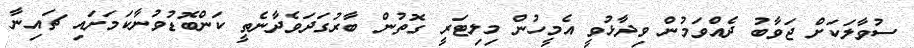
ސުވާލަކަށް ޖަވާބު ދެއްވަމުން ވިދާޅުވީ އެމީހުން މިލިޓަރީ ގޮތުން ބާރުގަދަވެދާނެތީ ކަންބޮޑުވުނާކަމަށައި ޗައިނާ